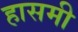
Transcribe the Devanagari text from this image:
हासमी